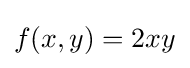
f(x,y)=2xy